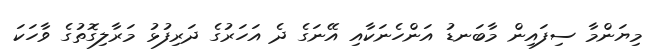
މިޔަންމާ ސިފައިން މާބަނޑު އަންހެނަކާއި އޭނަގެ ދެ އަހަރުގެ ދަރިފުޅު މަރާލިގޮތުގެ ވާހަކަ